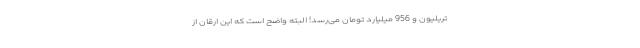
تریلیون و 956 میلیارد تومان می‌رسد! البته واضح است که این ارقان از